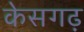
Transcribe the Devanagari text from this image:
केसगढ़